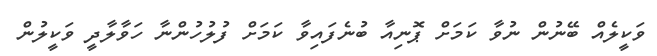
ވަކީލެއް ބޭނުން ނުވާ ކަމަށް ޕޮނިއާ ބުނެފައިވާ ކަމަށް ފުލުހުންނާ ހަވާލާދީ ވަކީލުން